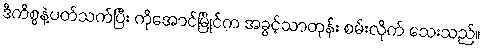
ဒီကိစ္စနဲ့ပတ်သက်ပြီး ကိုအောင်မြိုင်က အခွင့်သာတုန်း စမ်းလိုက် သေးသည်။